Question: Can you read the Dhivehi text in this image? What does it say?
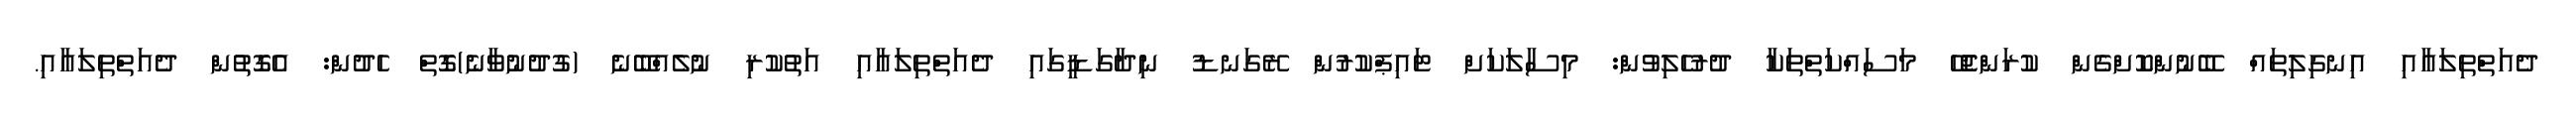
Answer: ދެއަތްތިލައާއި އިނގިލިތައް ބޭނުންކޮށްގެން ކުރަންޖެހޭ މަސައްކަތްތަކާ ދުރުހެލިވުން: މިސާލަކަށް ޓައިޕްކުރުން ރޭގަނޑު ނިދާގަޑީގައި ދެއަތްތިލައާއި އަތުކުރި ނުލެއްބޭނެ (ގުދުނުވާނެ)ގޮތް ހެދުން: އެގޮތުން ދެއަތްތިލައާއި.